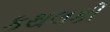
કથલકી